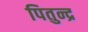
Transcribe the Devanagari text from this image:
पितुन्द्र